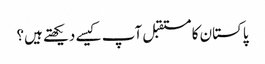
پاکستان کا مستقبل آپ کیسے دیکھتے ہیں؟